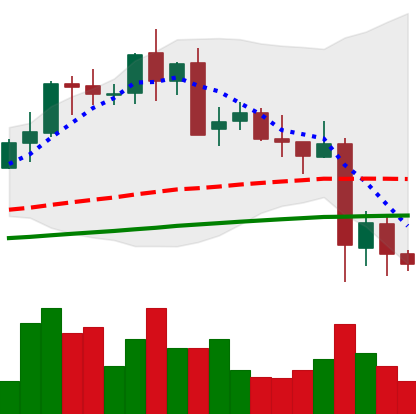
Ticker: LTC-USD
Chart end date: 2021-05-22
Forward return: 13.872%
Label: up_7plus